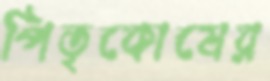
পিতৃকোষের